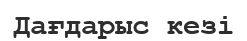
Дағдарыс кезі